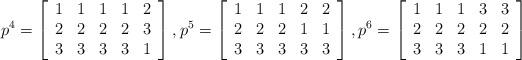
LaTeX: \begin{align*}p^4=\left[\begin{array}{ccccc} 1 & 1 & 1 & 1 & 2 \\ 2 & 2 & 2& 2 & 3\\ 3 & 3 & 3& 3 & 1\\\end{array}\right],p^5=\left[\begin{array}{ccccc} 1 & 1 & 1 & 2 &2 \\ 2 & 2 & 2 & 1 & 1 \\ 3 & 3 & 3& 3& 3\\\end{array}\right],p^6=\left[\begin{array}{ccccc} 1 & 1 & 1 & 3 & 3 \\ 2 & 2 & 2& 2 & 2 \\ 3 & 3 & 3& 1 & 1 \\\end{array}\right]\end{align*}